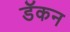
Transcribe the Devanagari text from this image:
डॅकन